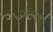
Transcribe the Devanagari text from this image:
प्रतीतिसूचक